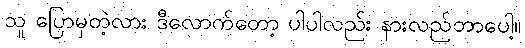
သူ ပြောမှတဲ့လား ဒီလောက်တော့ ပါပါလည်း နားလည်တာပေါ့။